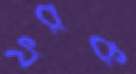
ফরক